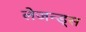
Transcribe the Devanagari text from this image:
लेजन्ड्स